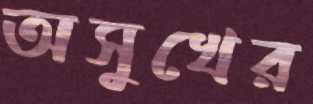
অসুখের